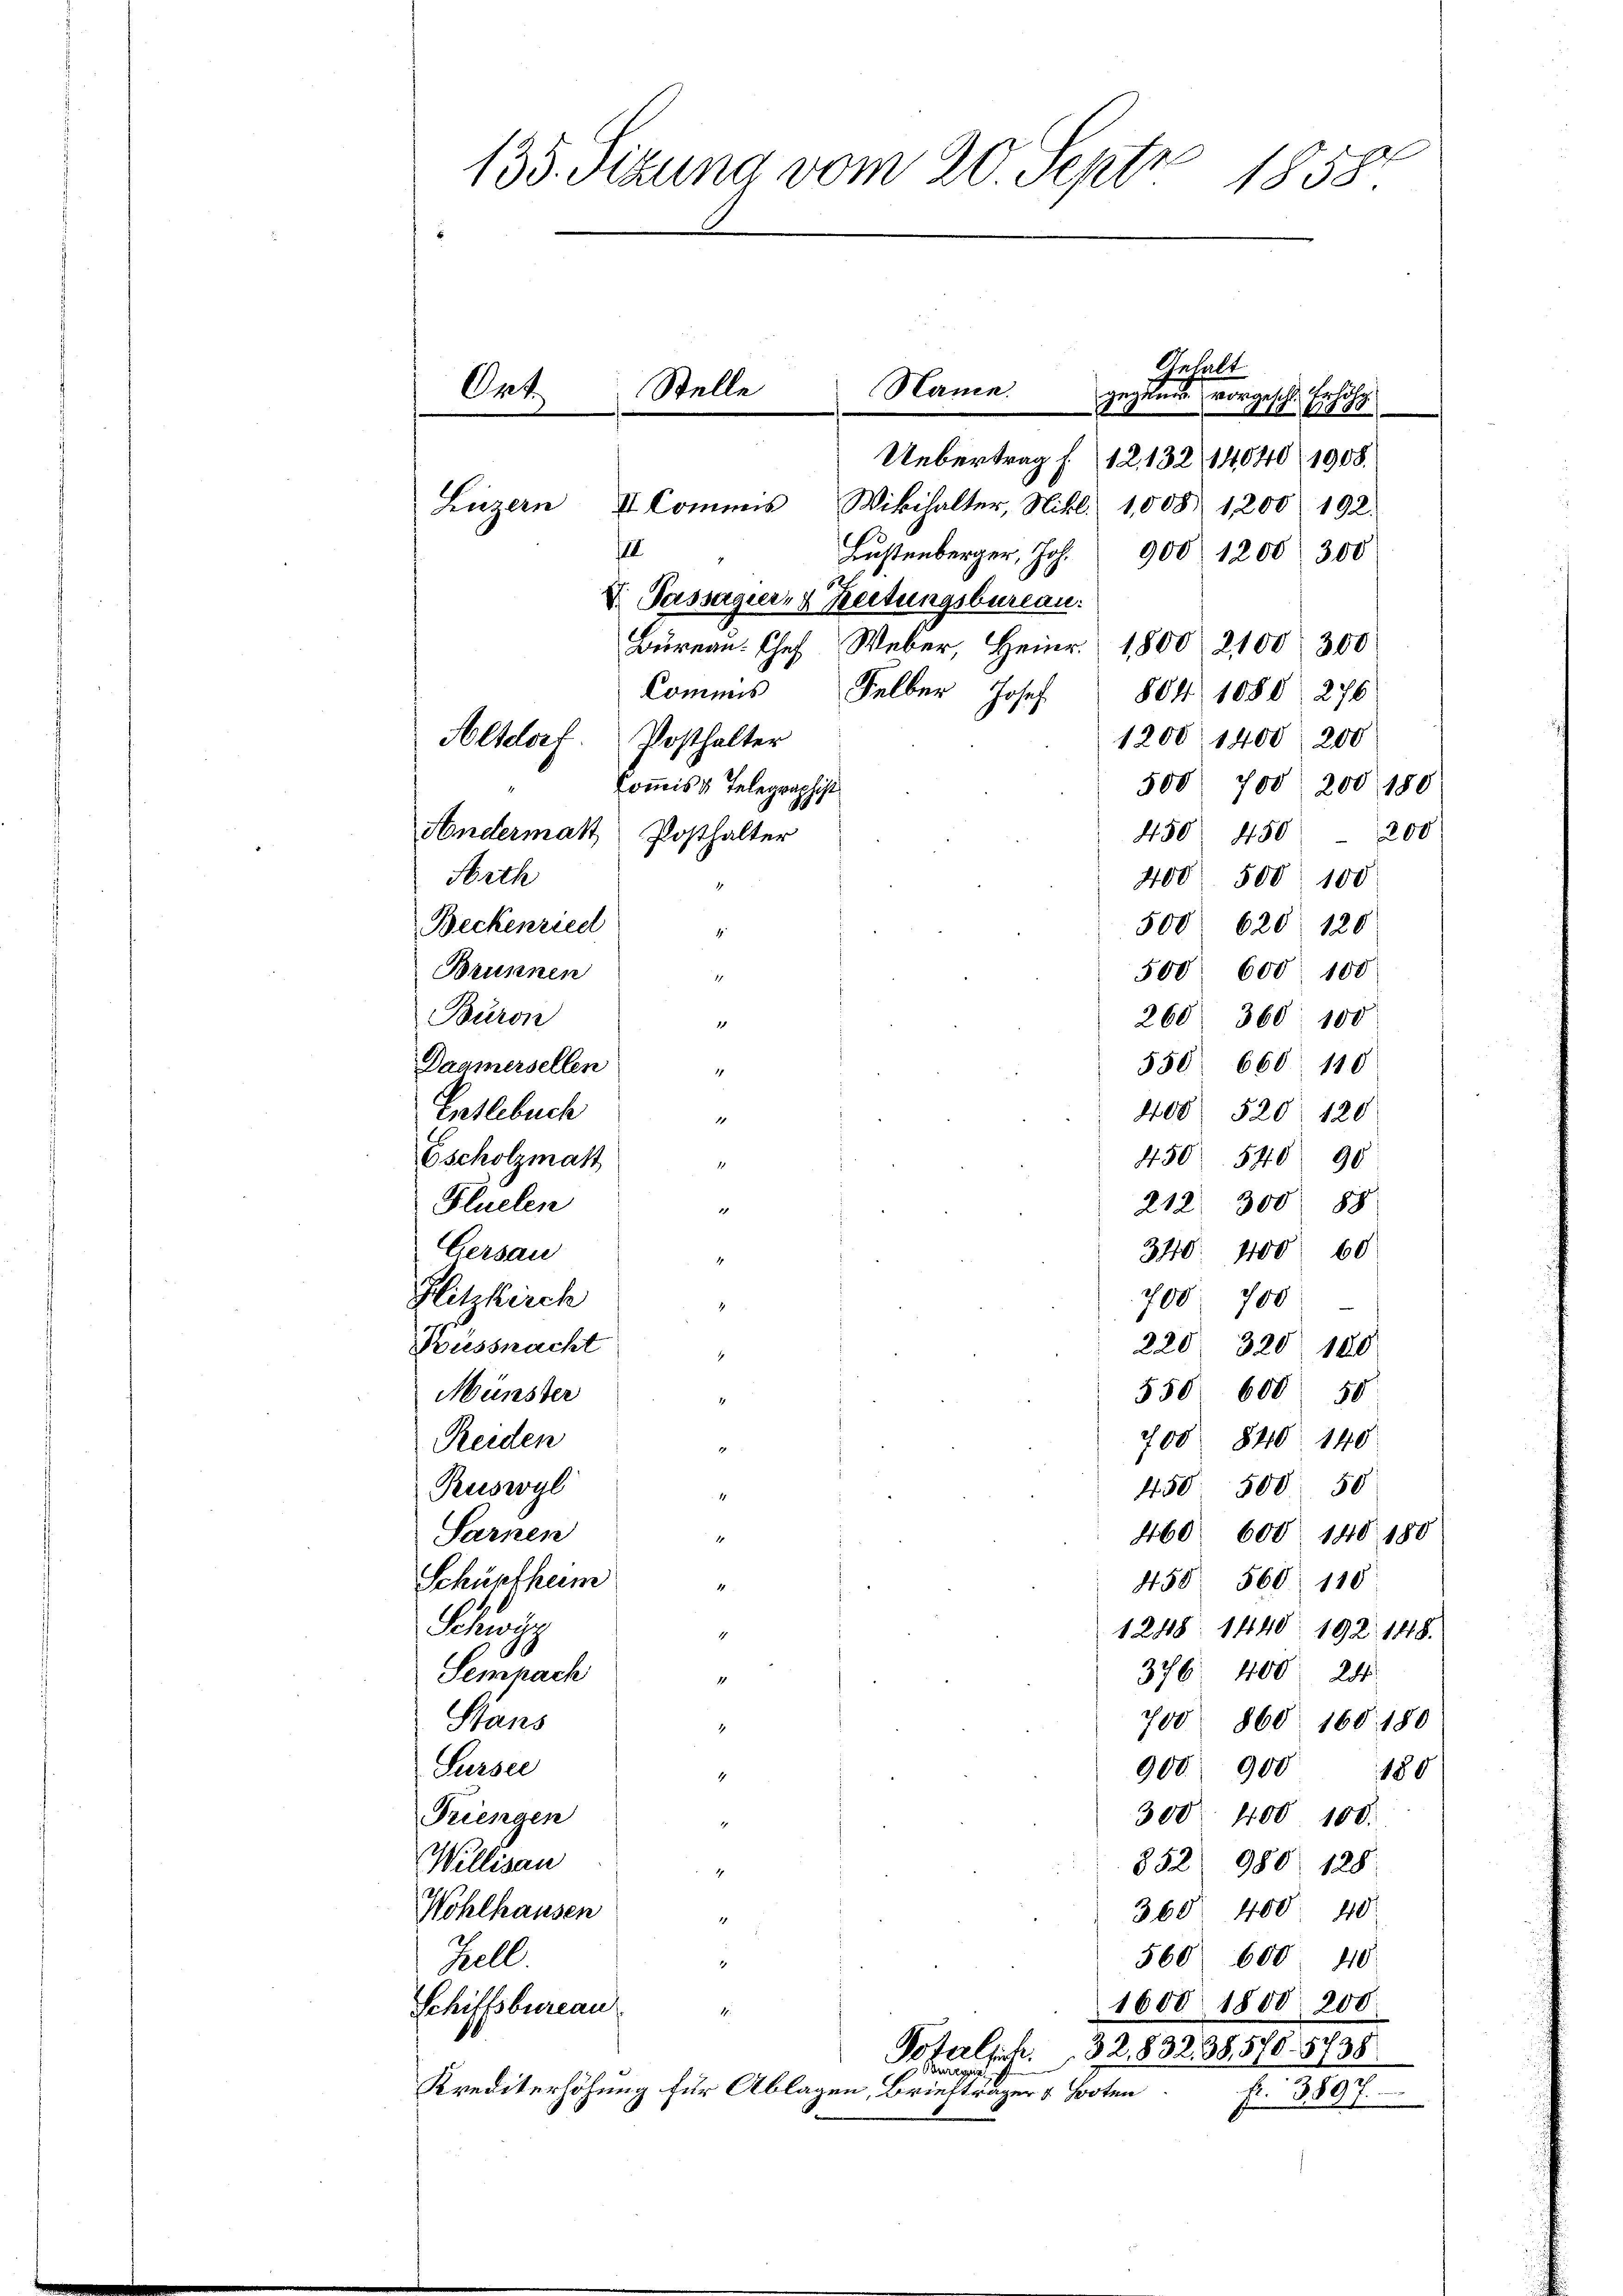
135. Sizung vom 20. Septz
1858.

Ont

Luzern

II Commis
III

x
Uebertrag (12132/ 14040/1908.
Wikhalter, Nikl. 1008. 1200. 192.
Lustenberger, Joh. 900 1200. 300
D. Passagier, 4 Zeitungsbureau.
Büreau. Chef Weber, Heinr. 1800. 2100. 300
Commis Felber Josef
804 1080. 276
1200 1400 200
Altdorf. Posthalter
Commis v. Telegraphist
500 700 200 180
Andermatt Posthalter
450. 450
200
400 500. 100
500 620. 120
4
500. 600. 100
1
260. 360. 100
1
550. 660. 110
1
408. 520, 120
1
450. 540 90
1
212. 300 88
1
340. 400 60
1
700. 700
17.
220 320 180.
.
550 600 50
1
700 840. 140
1
450 500. 50
4
460. 600 140 180
1
458. 560. 110
4
1248 1440. 192. 148.
4
376. 400 24
1
700 860 160. 180
1
900 900
180
4
300. 400 100.
1
852 980. 128.
1
360 400 40
1
560 600 40
1

Stelle

Name.

Arth
Beckenziel
Brunnen
Buron
Daamersellen
Entlebuch
Escholzmatt
Fluelen
Gersau
Blitzkirch
Küssnacht
Münster
Reiden
Ruswyl
Sarnen
Schüpfheim
Bau
Semnach
Suns
Sursee
Triengen
Willisau
Wohlhausen
Tell
Schiffsbureau
M
 Bregen
Krediterhöhung für Ablagen, Briefträger & Booten

Anhalt
gesundt worans
410 Ei

1600 1800. 200.
Poterlich. 32. 832. 38, 570. 5738
E

1880